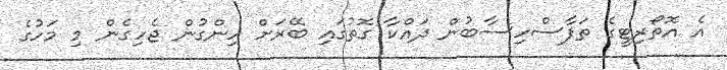
އެ އޮތޯރިޓީގެ ތަފާސްހިސާބުން ދައްކާ ގޮތުގައި ބޭރަށް ހިންގުން ޖެހިގެން މި މަހުގެ